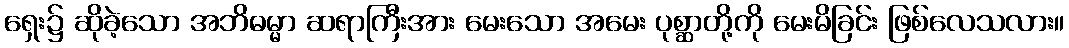
ရှေး၌ ဆိုခဲ့သော အဘိဓမ္မာ ဆရာကြီးအား မေးသော အမေး ပုစ္ဆာတို့ကို မေးမိခြင်း ဖြစ်လေသလား။